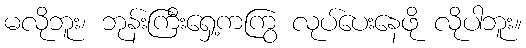
မလိုဘူး၊ ဘုန်းကြီးရှေ့ကကြွ လုပ်ပေးနေဖို လိုပါဘူး။